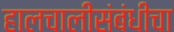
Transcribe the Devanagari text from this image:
हालचालींसंबंधीचा